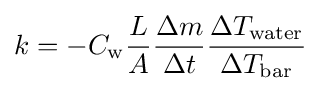
k=-C_{\mathrm {w} }{\frac {L}{A}}{\frac {\Delta m}{\Delta t}}{\frac {\Delta T_{\mathrm {water} }}{\Delta T_{\mathrm {bar} }}}